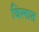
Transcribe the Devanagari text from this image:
बिलात